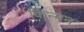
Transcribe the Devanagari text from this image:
किन्मन